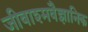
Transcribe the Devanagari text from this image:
जीवाश्मवैज्ञानिक